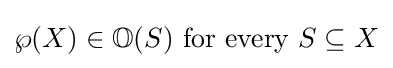
\wp (X)\in \mathbb {O} (S){\text{ for every }}S\subseteq X